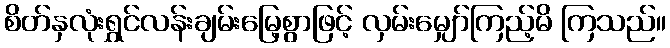
စိတ်နှလုံးရွှင်လန်းချမ်းမြေ့စွာဖြင့် လှမ်းမျှော်ကြည့်မိ ကြသည်။